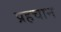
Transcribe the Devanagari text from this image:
प्रहचान